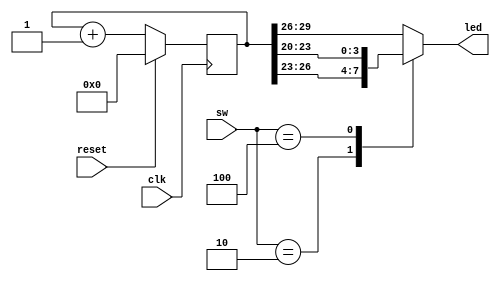
module counter
(
	input             clk,
	input		[2:0]		sw,
	input 				reset,
	output   [3:0]		led
);

reg [29:0] counter;

reg [3:0] cnt;

always @(sw) begin
	case (sw)
		3'b001: cnt = counter [29:26];
		3'b010: cnt = counter [26:23];
		3'b100: cnt = counter [23:20];
		default: cnt = counter [29:26];
	endcase
end

always @(posedge clk) begin
	if(reset==1'b0) counter <= counter + 1'b1;
	else counter <= 0;
end

/*always @(cnt) begin
	if (cnt == 4'b1010) begin
			cnt = 4'b0000;
	end
end*/

assign led = cnt;

endmodule